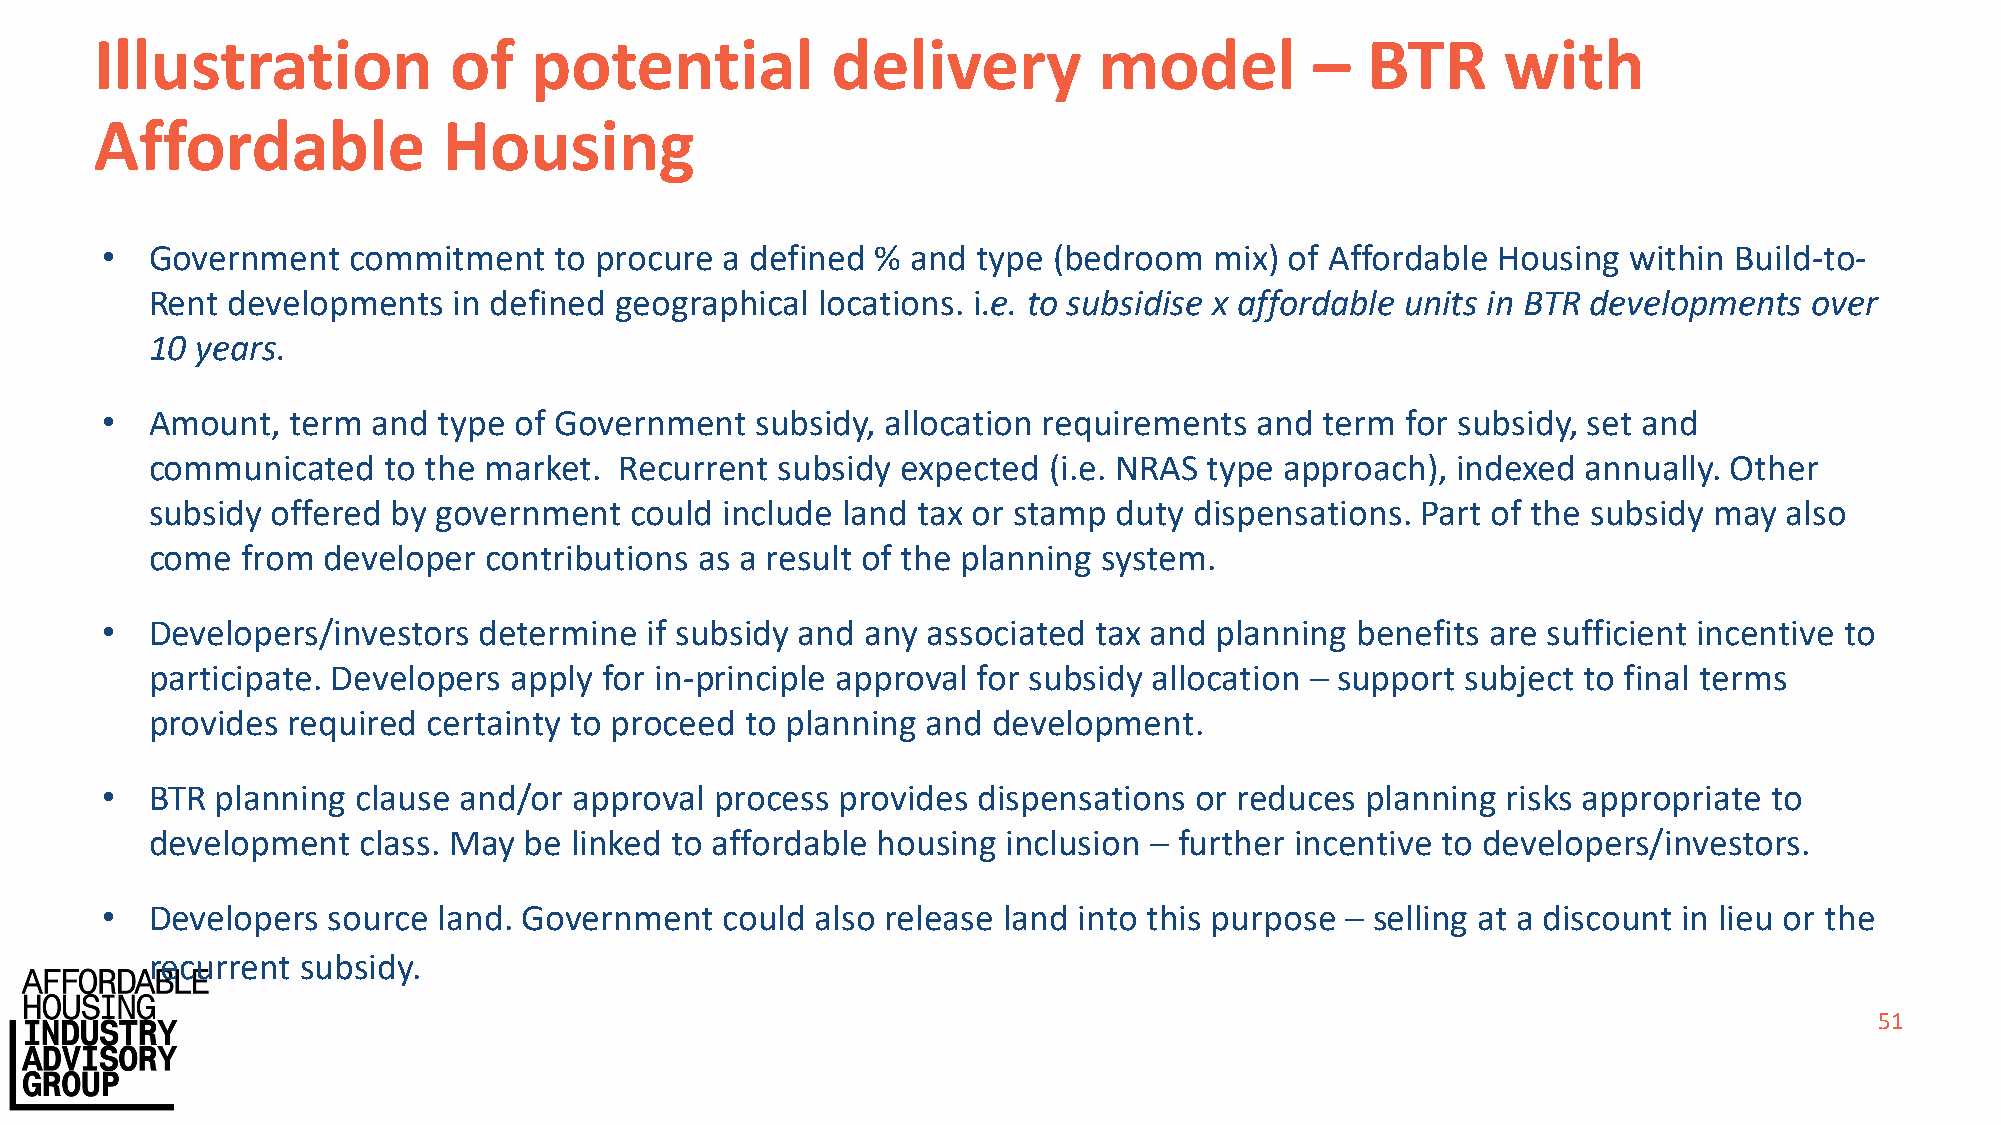
Illustration            of   potential           delivery          model         –  BTR       with
 Affordable             Housing
 •  Government   commitment    to procure a defined % and  type (bedroom  mix) of Affordable Housing  within Build-to-
 Rent developments   in defined geographical locations. i.e. to subsidise x affordable units in BTR developments over
 10 years.
 •  Amount,  term  and type of Government   subsidy, allocation requirements and  term for subsidy, set and
 communicated   to the market.  Recurrent  subsidy expected (i.e. NRAS type approach), indexed  annually. Other
 subsidy offered by government   could include land tax or stamp duty dispensations. Part of the subsidy may also
 come  from developer  contributions as a result of the planning system.
 •  Developers/investors  determine  if subsidy and any associated tax and planning benefits are sufficient incentive to
 participate. Developers apply for in-principle approval for subsidy allocation – support subject to final terms
 provides required certainty to proceed to planning and  development.
 •  BTR planning  clause and/or approval process  provides dispensations or reduces planning  risks appropriate to
 development   class. May be linked to affordable housing inclusion – further incentive to developers/investors.
 •  Developers  source land. Government   could also release land into this purpose – selling at a discount in lieu or the
 recurrent subsidy.
 51